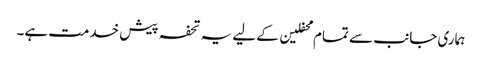
ہماری جانب سے تمام محفلین کے لیے یہ تحفہ پیش خدمت ہے۔